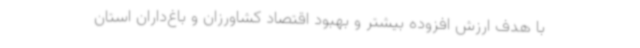
با هدف ارزش افزوده بیشتر و بهبود اقتصاد کشاورزان و باغ‌داران استان